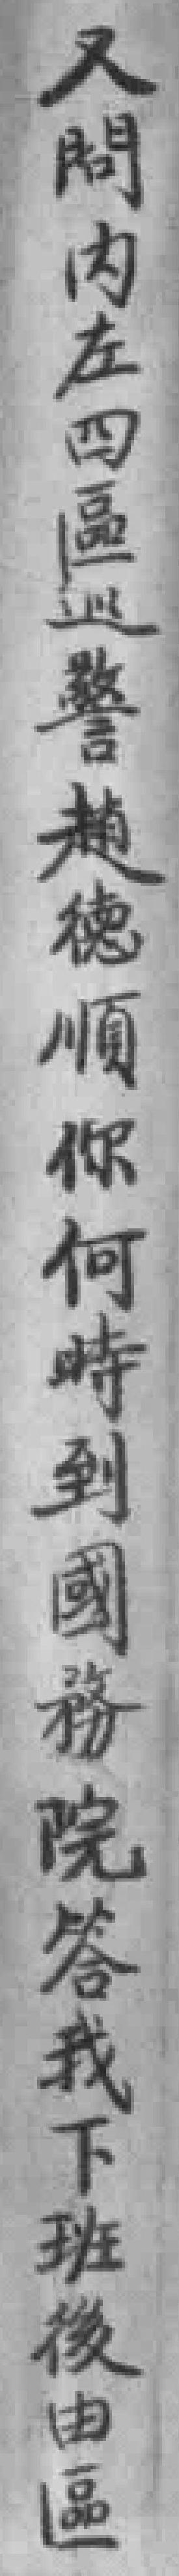
又問内左四區巡警趙德順你何時到國務院答我下班後由區